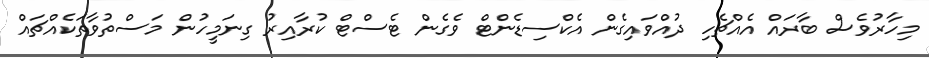
މިހާރުވެސް ބާރައް އެއްޗެހި ދުއްވައިގެން އެކްސިޑެންޓް ވެގެން ޓެސްޓް ކުރާއިރު ގިނަމީހުން މަސްތުވާތަކެއްޗައް